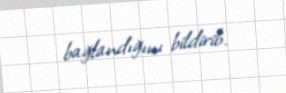
bağlandığını bildirib.